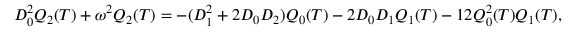
D _ { 0 } ^ { 2 } Q _ { 2 } ( T ) + \omega ^ { 2 } Q _ { 2 } ( T ) = - ( D _ { 1 } ^ { 2 } + 2 D _ { 0 } D _ { 2 } ) Q _ { 0 } ( T ) - 2 D _ { 0 } D _ { 1 } Q _ { 1 } ( T ) - 1 2 Q _ { 0 } ^ { 2 } ( T ) Q _ { 1 } ( T ) ,